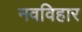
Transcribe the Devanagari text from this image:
नवविहार